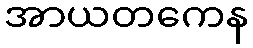
အာယတကေန